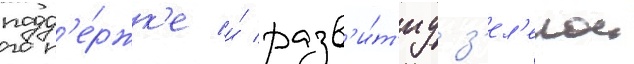
подд'е́ржк'е и́ разв'и́т'иу з'ел'енои